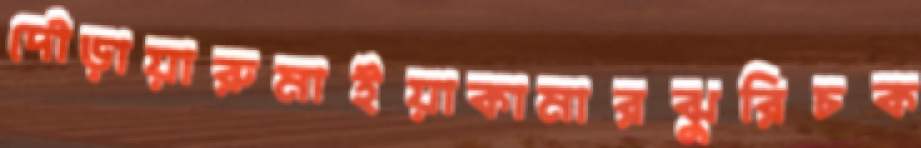
দৌড়ায়ারুমাইয়াকামারঝুরিচক